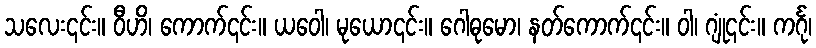
သလေး၎င်း။ ဝီဟိ၊ ကောက်၎င်း။ ယဝေါ၊ မုယော၎င်း။ ဂေါဓုမော၊ နတ်ကောက်၎င်း။ ဝါ၊ ဂျုံ၎င်း။ ကင်္ဂု၊